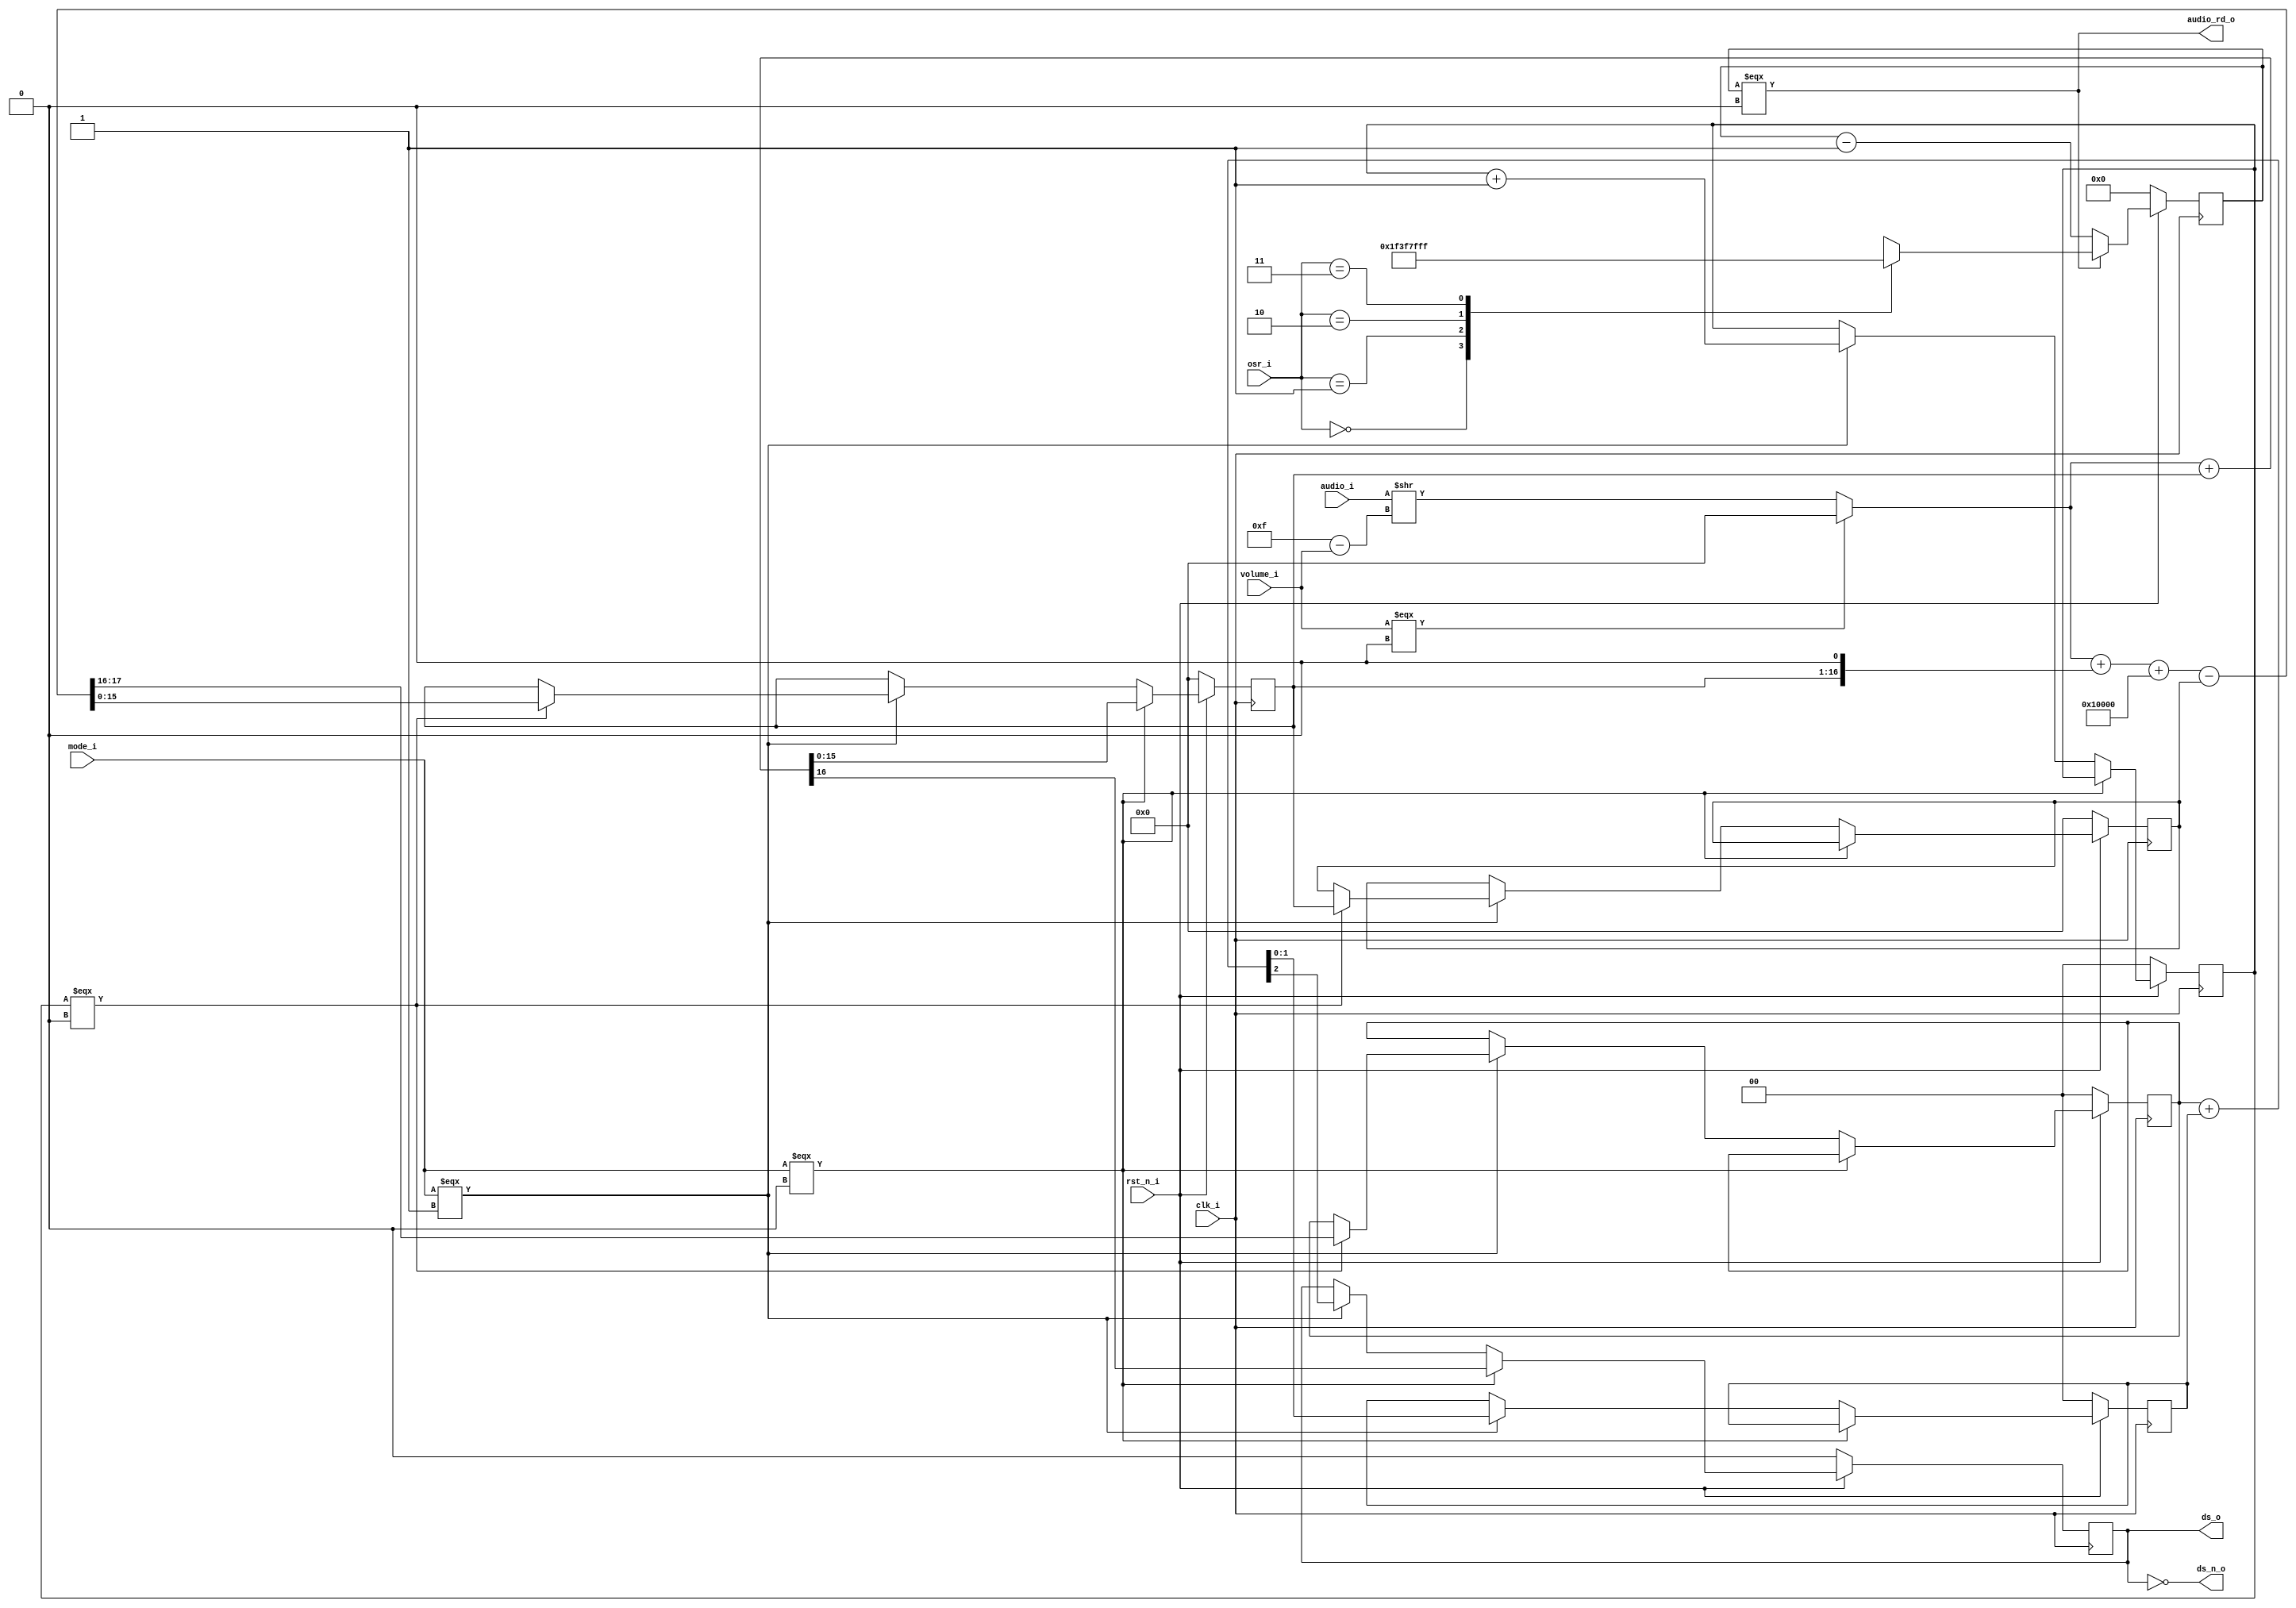
/*
* SPDX-FileCopyrightText: 2022 Harald Pretl
* Johannes Kepler University, Institute for Integrated Circuits
*
* Licensed under the Apache License, Version 2.0 (the "License");
* you may not use this file except in compliance with the License.
* You may obtain a copy of the License at
*
*      http://www.apache.org/licenses/LICENSE-2.0
*
* Unless required by applicable law or agreed to in writing, software
* distributed under the License is distributed on an "AS IS" BASIS,
* WITHOUT WARRANTIES OR CONDITIONS OF ANY KIND, either express or implied.
* See the License for the specific language governing permissions and
* limitations under the License.
* SPDX-License-Identifier: Apache-2.0
*
* AUDIODAC -- 16b Delta-Sigma Modulator with Single-Bit Output
*/

`default_nettype none
`ifndef __AUDIODAC_DSMOD
`define __AUDIODAC_DSMOD

module audiodac_dsmod(
	input 		[15:0]	audio_i,	// audio data from FIFO
	output wire		audio_rd_o, 	// indicates a read from FIFO
	input			rst_n_i,
	input			clk_i,
	input			mode_i, 	// 0 = 1st order, 1 = 2nd order SD-modulator
	input 		[3:0]	volume_i,	// 0 = off, 15 = max volume
	input		[1:0]	osr_i, 		// 0 = 32; 1 = 64, 2 = 128, 3 = 256
	output reg		ds_o,		// single-bit SD-modulator output
	output wire		ds_n_o		//  plus the complementary output
);

	reg 		[15:0]	accu1;
	reg		[15:0]	accu2;
	reg		[1:0]	accu3;
	wire 		[15:0]	audio_scaled;	// audio data treated with volume control
	reg		[7:0]	fetch_ctr;	// clock divideid by osr

	reg		[1:0]	mod2_ctr;	// clk divide by 4 for 1st stage of 2nd order mod.
	reg		[1:0]	mod2_out;	// output 1st stage

	localparam	[7:0]	CTR_OSR32  	=  8'd31;
	localparam	[7:0]	CTR_OSR64  	=  8'd63;
	localparam	[7:0]	CTR_OSR128 	=  8'd127;
	localparam	[7:0]	CTR_OSR256 	=  8'd255;
	localparam	[1:0]	OSR32  		= 2'd0;
	localparam	[1:0]	OSR64  		= 2'd1;
	localparam	[1:0]	OSR128 		= 2'd2;
	localparam	[1:0]	OSR256 		= 2'd3;
	localparam		ORD1 		= 1'd0;
	localparam		ORD2 		= 1'd1;

	// provide out and out_n to make levelshifter easier
  	assign ds_n_o = ~ds_o;

	// we provide volume control in 6dB steps, 0=min (off), 15=max
	assign audio_scaled = (volume_i === 4'd0) ? 16'b0 : audio_i >> (4'd15 - volume_i);

	// the fetch counter controls the read of the next sample from the FIFO
	// counter runs down so decoding is easier for different counter
	// cycles
	assign audio_rd_o = (fetch_ctr === 8'd0);

  	always @(posedge clk_i) begin
		if (!rst_n_i) begin
			// reset all registers
			accu1 <= 16'b0;
			accu2 <= 16'b0;
			accu3 <=  2'b0;
			ds_o <= 1'b0;
			fetch_ctr <= 8'b0;
			mod2_ctr <= 2'b0;
			mod2_out <= 2'b0;
		end else begin
			// sd-modulator is running

			if (fetch_ctr === 8'd0) begin
			// fetch_ctr finished, restart with proper cycle count
			// depending on osr
				case (osr_i)
					OSR32:		fetch_ctr <= CTR_OSR32;
					OSR64:		fetch_ctr <= CTR_OSR64;
					OSR128:		fetch_ctr <= CTR_OSR128;
					OSR256:		fetch_ctr <= CTR_OSR256;
					default:	fetch_ctr <= 8'bx;
				endcase
			end else
				//just keep counting down
				fetch_ctr <= fetch_ctr - 1'b1;
		
			if (mode_i === ORD1) begin
				// delta-sigma modulator 1st order
				// this simple structure works if everything
				// is UINT
				{ds_o,accu1} <= audio_scaled + accu1;
			
			end else if (mode_i === ORD2) begin
				// delta-sigma modulator 2nd order
				// the first stage runs on clk/4, the second
				// stage runs on clk

				if (mod2_ctr === 2'b0) begin
					// this only happens every 4th clk
					// cycle
					{mod2_out,accu1} <= {2'b00,audio_scaled} 
								+ {1'b0,accu1,1'b0} 
								+ 18'h10000 
								- {2'b0,accu2};
					accu2 <= accu1;
				end

				// this is the clk divider for the 1st stage
				mod2_ctr <= mod2_ctr + 1'b1;
				
				// this simple structure is the 2nd stage
				// running on clk
				{ds_o,accu3} <= mod2_out + accu3;
			end
		end
	end
endmodule // audiodac_dsmod

`endif
`default_nettype wire